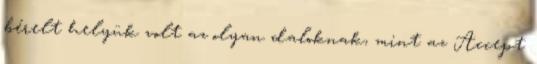
bérelt helyük volt az olyan daloknak, mint az Accept